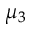
\mu _ { 3 }